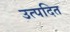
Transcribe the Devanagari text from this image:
उत्पदित